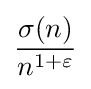
{\frac {\sigma (n)}{n^{1+\varepsilon }}}